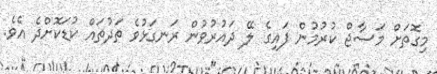
މިގޮތަށް މަސާޖް ކުރުމުން ފައިގެ ލޭ ދައުރުވުން ރަނގަޅުވެ ތަދުތައް ކުޑަކޮށްދެ އެވެ.